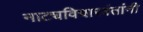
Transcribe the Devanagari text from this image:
नाट्यविचारवंतांनी